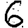
Digit: 6